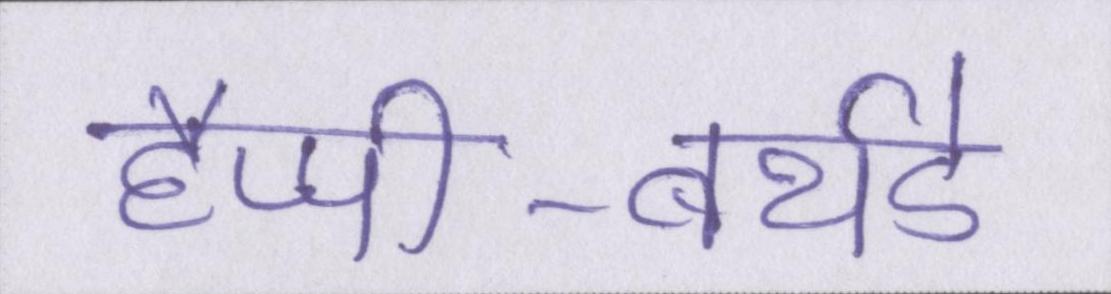
हैप्पी-बर्थडे